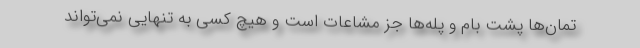
تمان‌ها پشت بام و پله‌ها جز مشاعات است و هیچ کسی به تنهایی نمی‌تواند